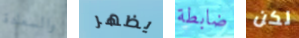
والسعادة يظهر ضابطة لكن